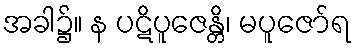
အခါ၌။ န ပဋိပူဇေန္တိ၊ မပူဇော်ရ